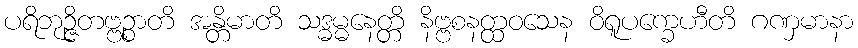
ပရိဘုဉ္ဇိတဗ္ဗဉ္စာတိ အန္တိမာတိ သဒ္ဓမ္မနေတ္တိ နိဗ္ဗစနတ္ထဝသေန ဝိရူပက္ခေဟီတိ ဂဏှမာနာ